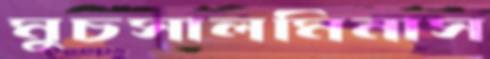
মুচসালমিনাস